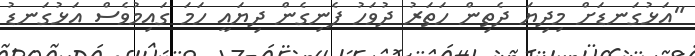
"އަޅުގަނޑަށް މިދިޔަ ދެތިން ހަތަރު ދުވަހު ފެނިގެން ދިޔައީ ހަމަ ގައިމުވެސް އަޅުގަނޑު